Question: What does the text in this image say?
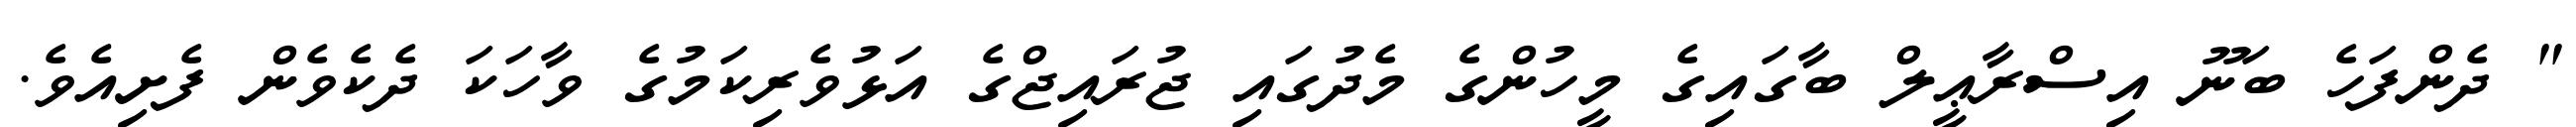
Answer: " ދެންފަހެ ބަނޫ އިސްރާޢީލް ބާގައިގެ މީހުންގެ މެދުގައި ޖުރައިޖްގެ އަޅުވެރިކަމުގެ ވާހަކަ ދެކެވެން ފެށިއެވެ.